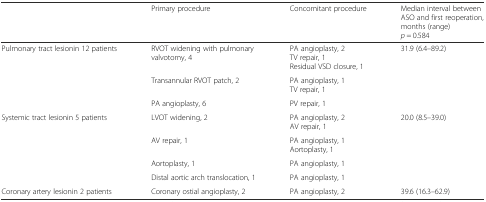
<table><thead><tr><td></td><td><b>Primary procedure</b></td><td><b>Concomitant procedure</b></td><td><b>Median interval between ASO and first reoperation, months (range)<i>p</i> = 0.584</b></td></tr></thead><tbody><tr><td rowspan="3">Pulmonary tract lesionin 12 patients</td><td>RVOT widening with pulmonary valvotomy, 4</td><td>PA angioplasty, 2TV repair, 1Residual VSD closure, 1</td><td rowspan="3">31.9 (6.4–89.2)</td></tr><tr><td>Transannular RVOT patch, 2</td><td>PA angioplasty, 1TV repair, 1</td></tr><tr><td>PA angioplasty, 6</td><td>PV repair, 1</td></tr><tr><td rowspan="4">Systemic tract lesionin 5 patients</td><td>LVOT widening, 2</td><td>PA angioplasty, 2AV repair, 1</td><td rowspan="4">20.0 (8.5–39.0)</td></tr><tr><td>AV repair, 1</td><td>PA angioplasty, 1Aortoplasty, 1</td></tr><tr><td>Aortoplasty, 1</td><td>PA angioplasty, 1</td></tr><tr><td>Distal aortic arch translocation, 1</td><td>PA angioplasty, 1</td></tr><tr><td>Coronary artery lesionin 2 patients</td><td>Coronary ostial angioplasty, 2</td><td>PA angioplasty, 2</td><td>39.6 (16.3–62.9)</td></tr></tbody></table>